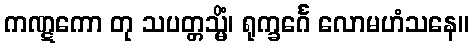
ကဏ္ဋကော တု သပတ္တသ္မိံ၊ ရုက္ခင်္ဂေ လောမဟံသနေ။